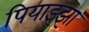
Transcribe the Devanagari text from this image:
पियाझ्झा